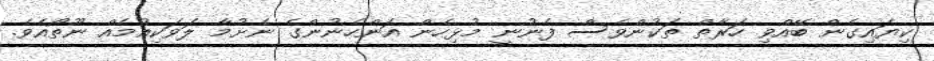
ކިޔައިގެން ބޭއްވި ހަރާތް ތަކުންވެސް ފެނުނީ މުޅިހެން އަންހެނުންގެ ނެށުމާ ލަވަކިއުމެއް ނޫތޯއެވެ.